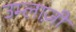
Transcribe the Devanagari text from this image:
उम्लाज़ी